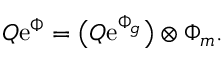
{ \cal Q } \mathrm { e } ^ { \Phi } = \bigl ( { \cal Q } \mathrm { e } ^ { \Phi _ { g } } \bigr ) \otimes \Phi _ { m } .